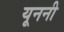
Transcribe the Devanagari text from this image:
यूननी